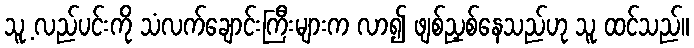
သူ့ လည်ပင်းကို သံလက်ချောင်းကြီးများက လာ၍ ဖျစ်ညှစ်နေသည်ဟု သူ ထင်သည်။